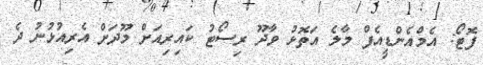
ފޮޓޯ: އެމްއެންޑީއެފް މާލެ އަތޮޅު ވާދޫ ރިސޯޓު ކައިރިއަށް މޫދަށް އެރިއުޅުނު ދެ